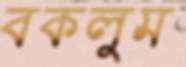
বকলুম